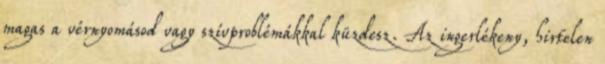
magas a vérnyomásod vagy szívproblémákkal küzdesz. Az ingerlékeny, hirtelen